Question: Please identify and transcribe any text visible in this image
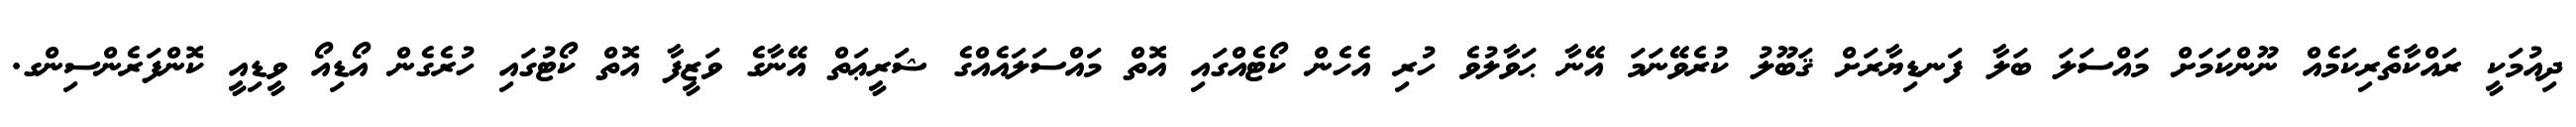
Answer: ދިއުމަކީ ރައްކާތެރިކަމެއް ނޫންކަމަށް މައްސަލަ ބަލާ ފަނޑިޔާރަށް ޤަބޫލު ކުރެވޭނަމަ އޭނާ ޙަވާލުވެ ހުރި އެހެން ކޯޓެއްގައި އޮތް މައްސަލައެއްގެ ޝަރީޢަތް އޭނާގެ ވަޒީފާ އޮތް ކޯޓުގައި ހުރެގެން އޯޑިއޯ ވީޑިއީ ކޮންފަރެންސިންގ.